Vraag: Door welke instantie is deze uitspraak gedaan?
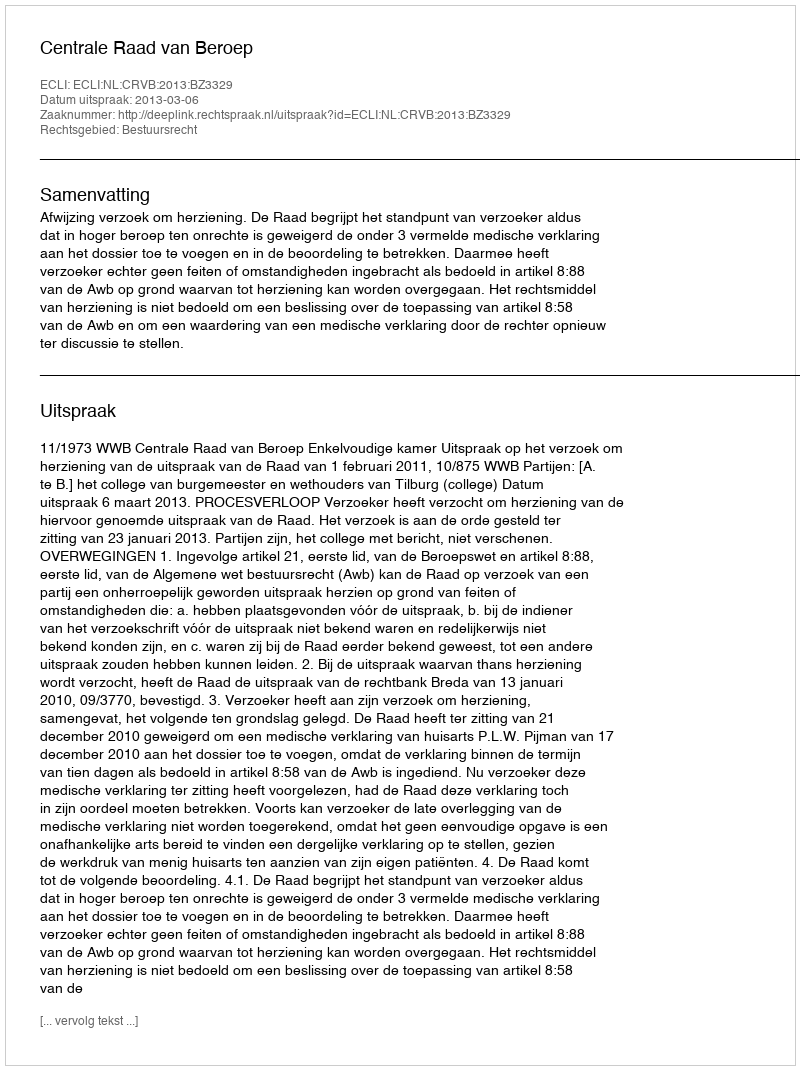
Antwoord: Centrale Raad van Beroep